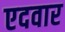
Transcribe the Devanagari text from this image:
एदवार